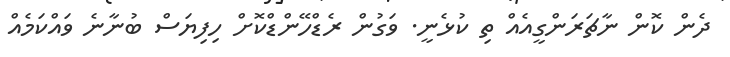
ދެން ކޮން ނާޗަރަންގީއެއް ތި ކުޅެނީ. ވަގުން ރެޑްހޭންޑްކޮށް ހިފިޔަސް ބުނާނެ ވައްކަމެއް